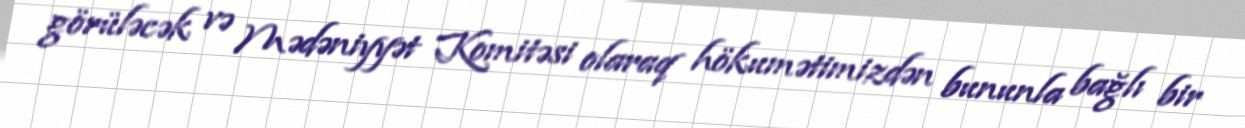
görüləcək və Mədəniyyət Komitəsi olaraq hökumətimizdən bununla bağlı bir